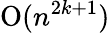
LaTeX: {\mathrm{O}}(n^{2k+1})